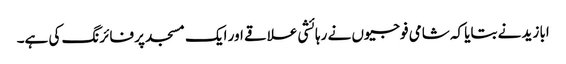
ابا زید نے بتایا کہ شامی فوجیوں نے رہائشی علاقے اور ایک مسجد پر فائرنگ کی ہے۔